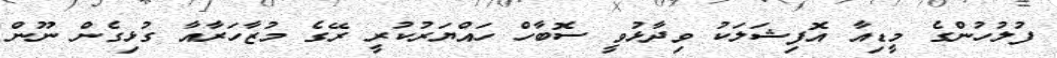
ފުލުހުންގެ މީޑިއާ އޮފިޝަލަކު ވިދާޅުވީ ސޮބާހް ހައްޔަރުކުރީ ރޭގެ މުޒާހަރާއާ ގުޅިގެން ނޫން